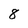
Character: 8